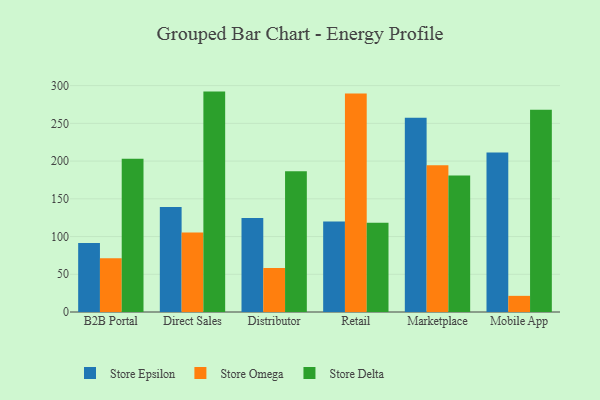
{"axis": {"x": "Channel", "y": "Operating Costs (USD K)"}, "legend": ["Store Delta", "Store Epsilon", "Store Omega"], "data": [{"x": "B2B Portal", "y": 91.5, "type": "Store Epsilon"}, {"x": "B2B Portal", "y": 71.3, "type": "Store Omega"}, {"x": "B2B Portal", "y": 203.0, "type": "Store Delta"}, {"x": "Direct Sales", "y": 139.2, "type": "Store Epsilon"}, {"x": "Direct Sales", "y": 105.5, "type": "Store Omega"}, {"x": "Direct Sales", "y": 292.1, "type": "Store Delta"}, {"x": "Distributor", "y": 124.5, "type": "Store Epsilon"}, {"x": "Distributor", "y": 58.3, "type": "Store Omega"}, {"x": "Distributor", "y": 186.7, "type": "Store Delta"}, {"x": "Retail", "y": 119.9, "type": "Store Epsilon"}, {"x": "Retail", "y": 289.6, "type": "Store Omega"}, {"x": "Retail", "y": 118.2, "type": "Store Delta"}, {"x": "Marketplace", "y": 257.5, "type": "Store Epsilon"}, {"x": "Marketplace", "y": 194.6, "type": "Store Omega"}, {"x": "Marketplace", "y": 181.0, "type": "Store Delta"}, {"x": "Mobile App", "y": 211.4, "type": "Store Epsilon"}, {"x": "Mobile App", "y": 21.4, "type": "Store Omega"}, {"x": "Mobile App", "y": 267.9, "type": "Store Delta"}]}